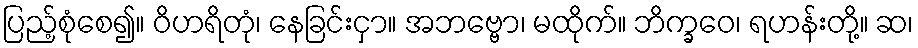
ပြည့်စုံစေ၍။ ဝိဟရိတုံ၊ နေခြင်းငှာ။ အဘဗ္ဗော၊ မထိုက်။ ဘိက္ခဝေ၊ ရဟန်းတို့။ ဆ၊